Report of the Indian Hemp Drugs Commission, 1894-1895 - Volume VII
Year: 1894
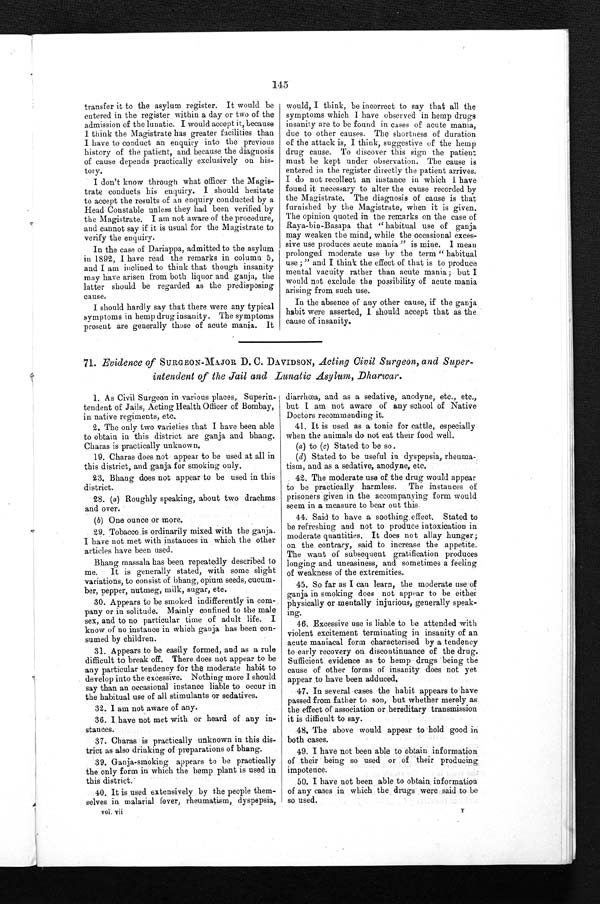
145
transfer it to the asylum register. It would be
entered in the register within a day or two of the
admission of the lunatic. I would accept it, because
I think the Magistrate has greater facilities than
I have to conduct an enquiry into the previous
history of the patient, and because the diagnosis
of cause depends practically exclusively on his-
tory.
I don't know through what officer the Magis-
trate conducts his enquiry. I should hesitate
to accept the results of an enquiry conducted by a
Head Constable unless they had been verified by
the Magistrate. I am not aware of the procedure,
and cannot say if it is usual for the Magistrate to
verify the enquiry.
In the case of Dariappa, admitted to the asylum
in 1892, I have read the remarks in column 5,
and I am inclined to think that though insanity
may have arisen from both liquor and ganja, the
latter should be regarded as the predisposing
cause.
I should hardly say that there were any typical
symptoms in hemp drug insanity. The symptoms
present are generally those of acute mania. It
would, I think, be incorrect to say that all the
symptoms which I have observed in hemp drugs
insanity are to be found in cases of acute mania,
due to other causes. The shortness of duration
of the attack is, I think, suggestive of the hemp
drug cause. To discover this sign the patient
must be kept under observation. The cause is
entered in the register directly the patient arrives.
I do not recollect an instance in which I have
found it necessary to alter the cause recorded by
the Magistrate. The diagnosis of cause is that
furnished by the Magistrate, when it is given.
The opinion quoted in the remarks on the case of
Raya-bin-Basapa that " habitual use of ganja
may weaken the mind, while the occasional exces-
sive use produces acute mania " is mine. I mean
prolonged moderate use by the term " habitual
use ; " and I think the effect of that is to produce
mental vacuity rather than acute mania; but I
would not exclude the possibility of acute mania
arising from such use.
In the absence of any other cause, if the ganja
habit were asserted, I should accept that as the
cause of insanity.
71. Evidence of SURGEON-MAJOR D. C. DAVIDSON, Acting Civil Surgeon, and Super-
intendent of the Jail and Lunatic Asylum, Dharwar .
1. As Civil Surgeon in various places, Superin-
tendent of Jails, Acting Health Officer of Bombay,
in native regiments, etc.
2. The only two varieties that I have been able
to obtain in this district are ganja and bhang.
Charas is practically unknown.
19. Charas does not appear to be used at all in
this district, and ganja for smoking only.
23. Bhang does not appear to be used in this
district.
28. ( a ) Roughly speaking, about two drachms
and over.
(b) One ounce or more.
29. Tobacco is ordinarily mixed with the ganja.
I have not met with instances in which the other
articles have been used.
Bhang massala has been repeatedly described to
me. It is generally stated, with some slight
variations, to consist of bhang, opium seeds, cucum-
ber, pepper, nutmeg, milk, sugar, etc.
30. Appears to be smoked indifferently in com-
pany or in solitude. Mainly confined to the male
sex, and to no particular time of adult life. I
know of no instance in which ganja has been con-
sumed by children.
31. Appears to be easily formed, and as a rule
difficult to break off. There does not appear to be
any particular tendency for the moderate habit to
develop into the excessive. Nothing more I should
say than an occasional instance liable to occur in
the habitual use of all stimulants or sedatives.
32. I am not aware of any.
36. I have not met with or heard of any in-
stances.
37. Charas is practically unknown in this dis-
trict as also drinking of preparations of bhang.
39. Ganja-smoking appears to be practically
the only form in which the hemp plant is used in
this district.
40. It is used extensively by the people them-
selves in malarial fever, rheumatism, dyspepsia,
vol. vii
diarrhœa, and as a sedative, anodyne, etc., etc.,
but I am not aware of any school of Native
Doctors recommending it.
41. It is used as a tonic for cattle, especially
when the animals do not eat their food well.
(a ) to (c) Stated to be so.
(d) Stated to be useful in dyspepsia, rheuma-
tism, and as a sedative, anodyne, etc.
42. The moderate use of the drug would appear
to be practically harmless. The instances of
prisoners given in the accompanying form would
seem in a measure to bear out this.
44. Said to have a soothing effect. Stated to
be refreshing and not to produce intoxication in
moderate quantities. It does not allay hunger ;
on the contrary, said to increase the appetite.
The want of subsequent gratification produces
longing and uneasiness, and sometimes a feeling
of weakness of the extremities.
45. So far as I can learn, the moderate use of
ganja in smoking does not appear to be either
physically or mentally injurious, generally speak-
ing.
46. Excessive use is liable to be attended with
violent excitement terminating in insanity of an
acute maniacal form characterised by a tendency
to early recovery on discontinuance of the drug.
Sufficient evidence as to hemp drugs being the
cause of other forms of insanity does not yet
appear to have been adduced.
47. In several cases the habit appears to have
passed from father to son, but whether merely as
the effect of association or hereditary transmission
it is difficult to say.
48. The above would appear to hold good in
both cases.
49. I have not been able to obtain information
of their being so used or of their producing
impotence.
50. I have not been able to obtain information
of any cases in which the drugs were said to be
so used.
Y